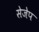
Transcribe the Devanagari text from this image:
सेजेप